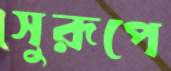
সুরূপে